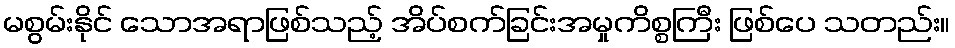
မစွမ်းနိုင် သောအရာဖြစ်သည့် အိပ်စက်ခြင်းအမှုကိစ္စကြီး ဖြစ်ပေ သတည်း။